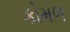
કોમળ